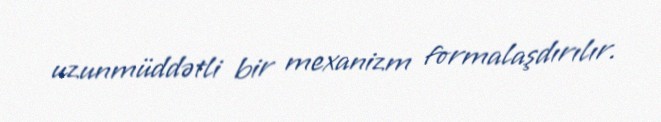
uzunmüddətli bir mexanizm formalaşdırılır.